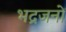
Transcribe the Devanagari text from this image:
भद्रजनों